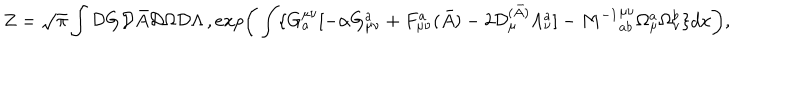
Z = \sqrt { \pi } \int { \cal D } G { \cal D } \bar { A } { \cal D } \Omega { \cal D } \Lambda \, , e x p \bigg ( \int \{ G _ { a } ^ { \mu \nu } [ - \alpha G _ { \mu \nu } ^ { a } + F _ { \mu \nu } ^ { a } ( \bar { A } ) - 2 { \cal D } _ { \mu } ^ { ( \bar { A } ) } \Lambda _ { \nu } ^ { a } ] - { M ^ { - 1 } } _ { a b } ^ { \mu \nu } \Omega _ { \mu } ^ { a } \Omega _ { \nu } ^ { b } \} d x \bigg ) ,